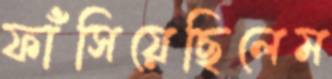
ফাঁসিয়েছিলেম